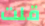
قلت